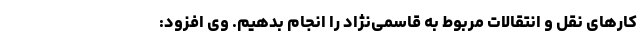
کارهای نقل و انتقالات مربوط به قاسمی‌نژاد را انجام بدهیم. وی افزود:‌